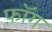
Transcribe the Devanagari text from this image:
फ़ॉग